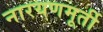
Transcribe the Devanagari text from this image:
नारयणमूर्ती